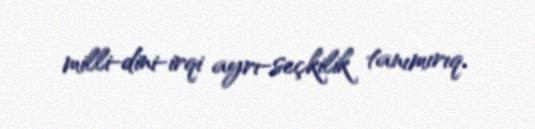
milli-dini-irqi ayrı-seçkilik tanımırıq.